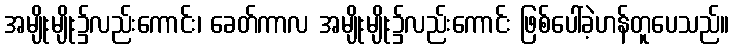
အမျိုးမျိုး၌လည်းကောင်း၊ ခေတ်ကာလ အမျိုးမျိုး၌လည်းကောင်း ဖြစ်ပေါ်ခဲ့ဟန်တူပေသည်။